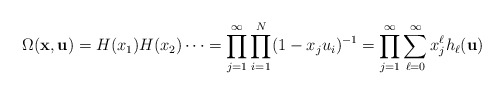
\begin{align*}\Omega(\mathbf{x}, \mathbf{u})= H(x_1) H(x_2) \cdots=\prod_{j=1}^\infty\prod_{i=1}^{N}(1-x_ju_i)^{-1}=\prod_{j=1}^\infty \sum_{\ell = 0}^\infty x_j^\ell h_\ell(\mathbf{u})\end{align*}